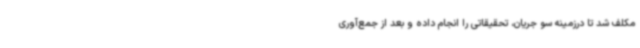
مکلف شد تا درزمینه سو جریان، تحقیقاتی را انجام داده و بعد از جمع‌آوری